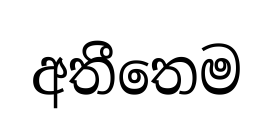
අතීතෙම